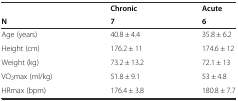
<table><thead><tr><td></td><td><b>Chronic</b></td><td><b>Acute</b></td></tr><tr><td><b>N</b></td><td><b>7</b></td><td><b>6</b></td></tr></thead><tbody><tr><td>Age (years)</td><td>40.8 ± 4.4</td><td>35.8 ± 6.2</td></tr><tr><td>Height (cm)</td><td>176.2 ± 11</td><td>174.6 ± 12</td></tr><tr><td>Weight (kg)</td><td>73.2 ± 13.2</td><td>72.1 ± 13</td></tr><tr><td>VO<sub>2</sub>max (ml/kg)</td><td>51.8 ± 9.1</td><td>53 ± 4.8</td></tr><tr><td>HRmax (bpm)</td><td>176.4 ± 3.8</td><td>180.8 ± 7.7</td></tr></tbody></table>